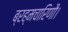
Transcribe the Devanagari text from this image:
ब्रह्मचारिणौ।